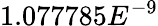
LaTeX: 1.077785E^{-9}